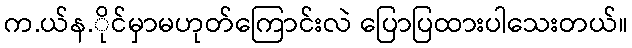
က.ယ်န.ိုင်မှာမဟုတ်ကြောင်းလဲ ပြောပြထားပါသေးတယ်။